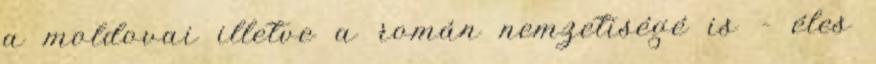
a moldovai illetve a román nemzetiségé is – éles